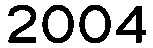
2004